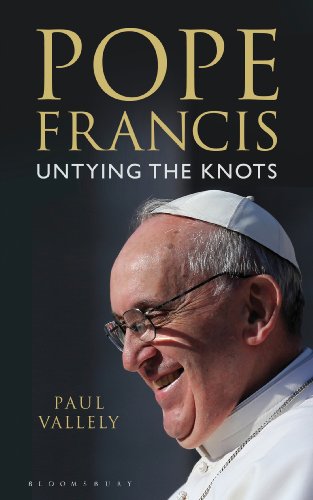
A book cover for Pope Francis: Untying the Knots; Paul Vallely; Christian Books & Bibles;